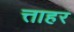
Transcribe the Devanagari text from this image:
त्ताहर